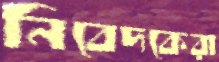
নিবেদকেরা